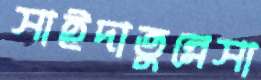
সাইদাতুন্নেসা